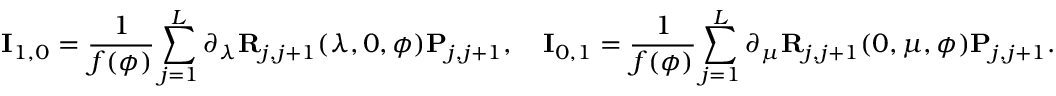
\mathbf { I } _ { 1 , 0 } = \frac { 1 } { f ( \phi ) } \sum _ { j = 1 } ^ { L } \partial _ { \lambda } \mathbf { R } _ { j , j + 1 } ( \lambda , 0 , \phi ) \mathbf { P } _ { j , j + 1 } , \quad \mathbf { I } _ { 0 , 1 } = \frac { 1 } { f ( \phi ) } \sum _ { j = 1 } ^ { L } \partial _ { \mu } \mathbf { R } _ { j , j + 1 } ( 0 , \mu , \phi ) \mathbf { P } _ { j , j + 1 } .